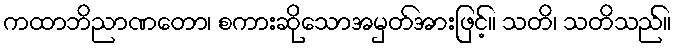
ကထာဘိညာဏတော၊ စကားဆိုသောအမှတ်အားဖြင့်။ သတိ၊ သတိသည်။